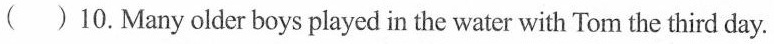
( )10.Many older boys played in the water with Tom the third day.